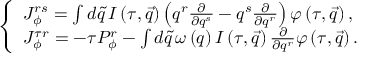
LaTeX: \left\{ \begin{array} { l } { { J _ { \phi } ^ { r s } = \int d \tilde { q } \, I \left( \tau , \vec { q } \right) \left( q ^ { r } \frac \partial { \partial q ^ { s } } - q ^ { s } \frac \partial { \partial q ^ { r } } \right) \varphi \left( \tau , \vec { q } \right) , } } \\ { { J _ { \phi } ^ { \tau r } = - \tau P _ { \phi } ^ { r } - \int d \tilde { q } \, \omega \left( q \right) I \left( \tau , \vec { q } \right) \frac \partial { \partial q ^ { r } } \varphi \left( \tau , \vec { q } \right) . } } \end{array} \right.